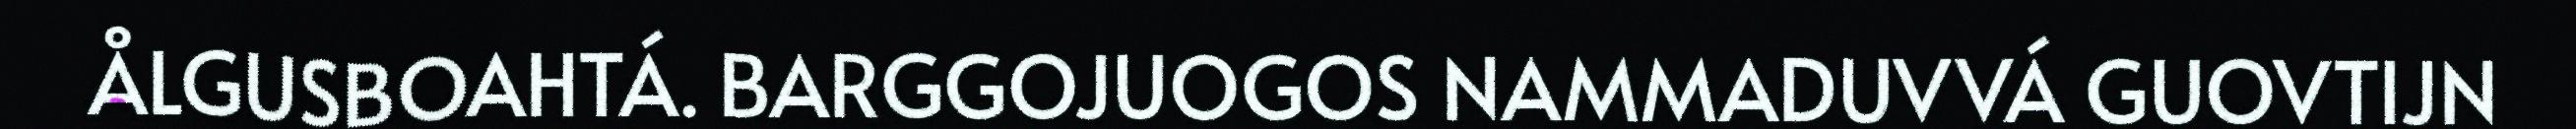
ÅLGUSBOAHTÁ. BARGGOJUOGOS NAMMADUVVÁ GUOVTIJN